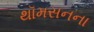
થૉમસનના